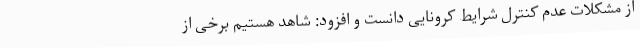
از مشکلات عدم کنترل شرایط کرونایی دانست و افزود: شاهد هستیم برخی از